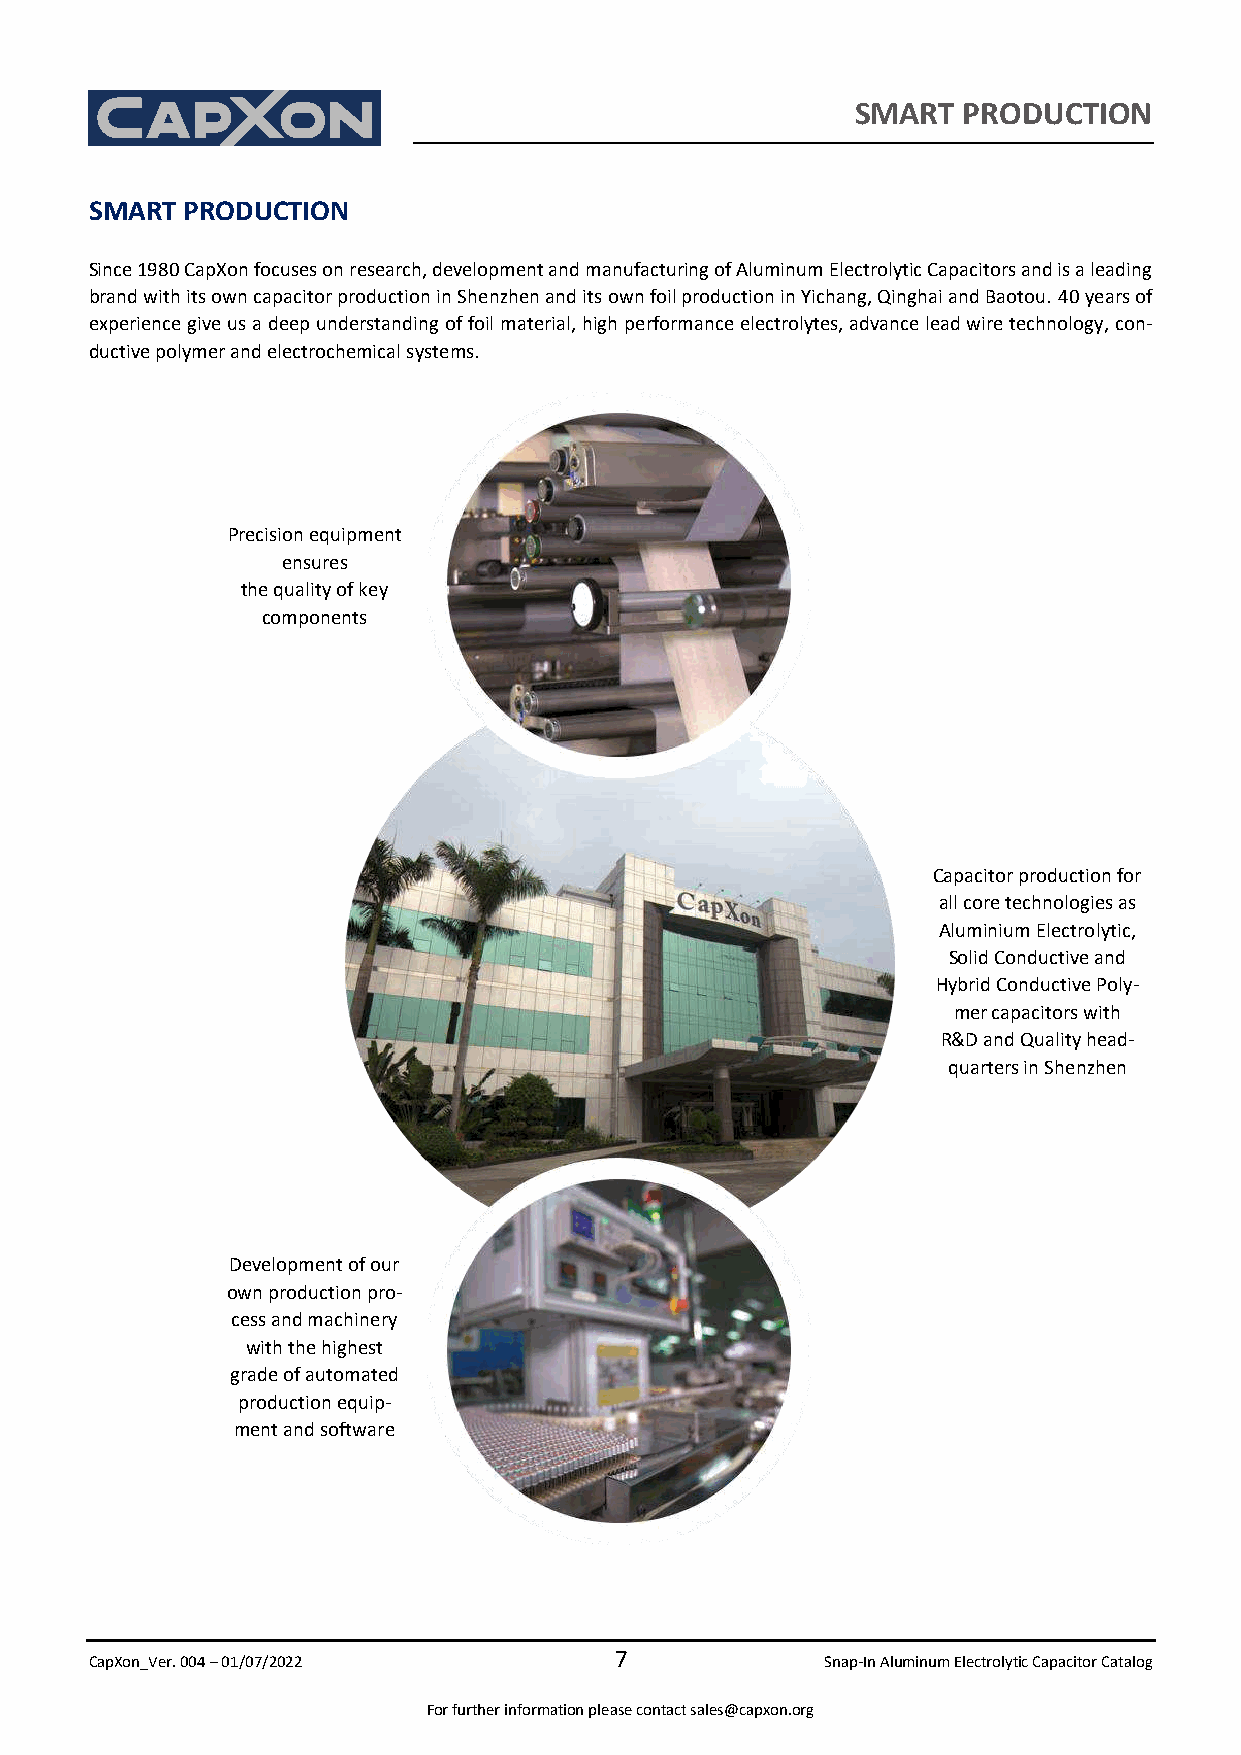
SMART  PRODUCTION
 SMART PRODUCTION
 Since 1980 CapXon focuses on research, development and manufacturing of Aluminum Electrolytic Capacitors and is a leading
 brand with its own capacitor production in Shenzhen and its own foil production in Yichang, Qinghai and Baotou. 40 years of
 experience give us a deep understanding of foil material, high performance electrolytes, advance lead wire technology, con-
 ductive polymer and electrochemical systems.
 Precision equipment
 ensures
 the quality of key
 components
 Capacitor production for
 all core technologies as
 Aluminium Electrolytic,
 Solid Conductive and
 Hybrid Conductive Poly-
 mer capacitors with
 R&D and Quality head-
 quarters in Shenzhen
 Development of our
 own production pro-
 cess and machinery
 with the highest
 grade of automated
 production equip-
 ment and software
 7
 CapXon_Ver. 004 – 01/07/2022                     Snap-In Aluminum Electrolytic Capacitor Catalog
 For further information please contact sales@capxon.org